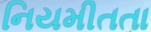
નિયમીતતા